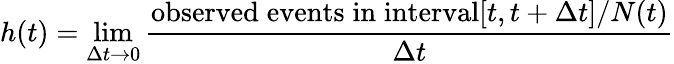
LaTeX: h(t)=\operatorname*{lim}_{\Delta t\rightarrow 0}{\frac{\mathrm{observed\; events\; in\; interval}[t,t+\Delta t]/N(t)}{\Delta t}}